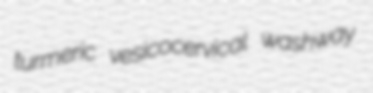
turmeric vesicocervical washway